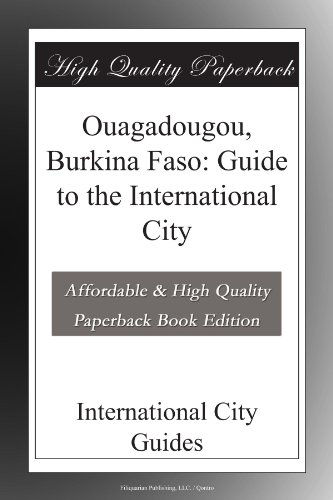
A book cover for Ouagadougou, Burkina Faso: Guide to the International City; International City Guides; Travel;